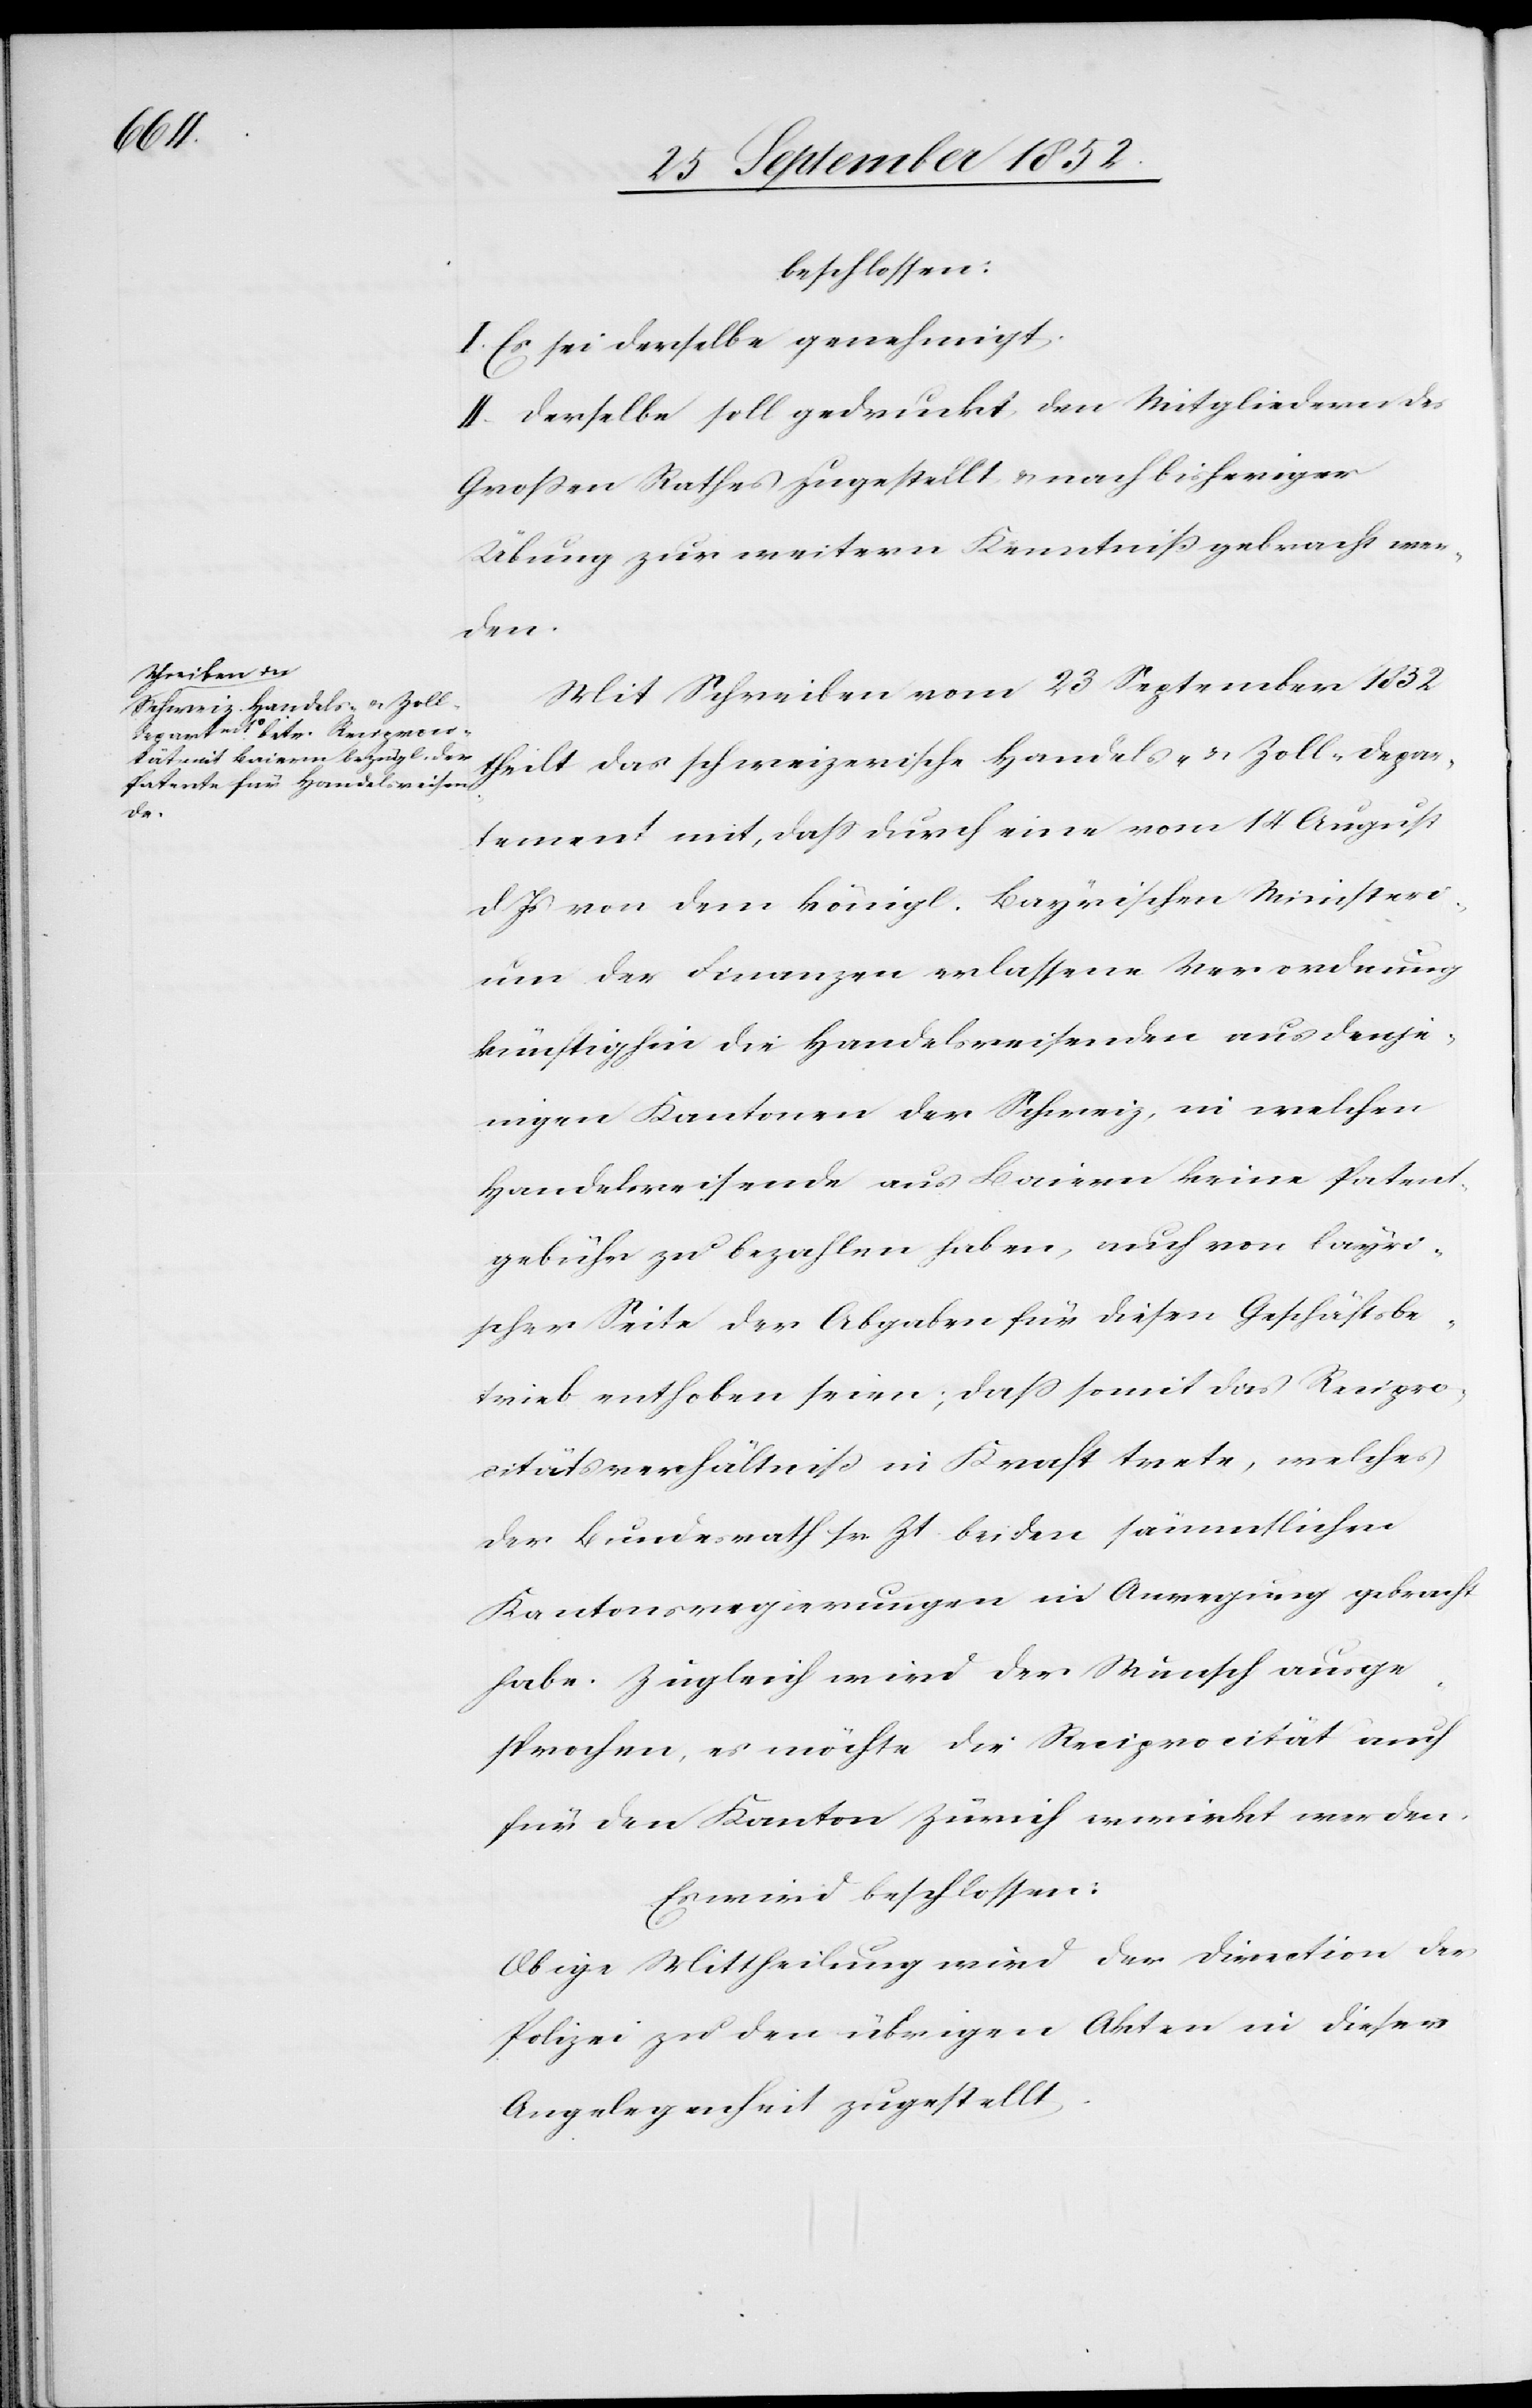
beschlossen:
I. Es sei derselbe genehmigt.
II. Derselbe soll gedruckt den Mitgliedern des
Großen Rathes zugestellt & nach bisheriger
Übung zur weitern Kenntniß gebracht wer¬
den.
Mit Schreiben vom 23 September 1852
theilt das schweizerische Handels- & Zoll-Depar¬
tement mit, dass durch eine vom 14 August
d. Js von dem königl. Bayrischen Ministeri¬
um der Finanzen erlassene Verordnung
künftighin die Handelsreisenden aus denje¬
nigen Kantonen der Schweiz, in welchen
Handelsreisende aus Baiern keine Patent¬
gebühr zu bezahlen haben, auch von bayri¬
scher Seite der Abgaben für diesen Geschäftsbe¬
trieb enthoben seien; dass somit das Recipro¬
citätsverhältniß in Kraft trete, welches
der Bundesrath sr. Zt. bei den sämmtlichen
Kantonsregierungen in Anregung gebracht
habe. Zugleich wird der Wunsch ausge¬
sprochen, es möchte die Reciprocität auch
für den Kanton Zürich erwirkt werden.
Es wird beschlossen:
Obige Mittheilung wird der Direction der
Polizei zu den übrigen Akten in dieser
Angelegenheit zugestellt.